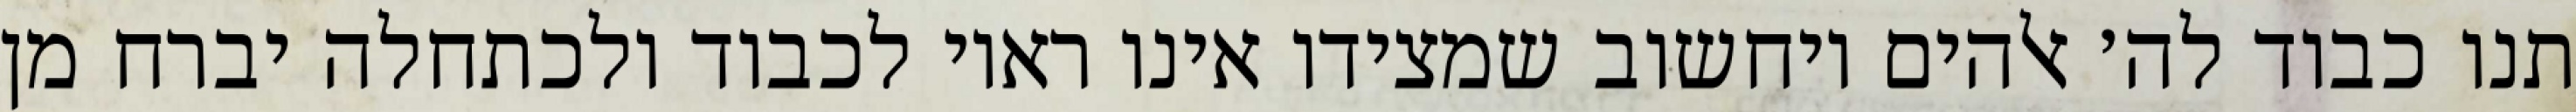
תנו כבוד לה׳ אלהים ויחשוב שמצידו אינו ראוי לכבוד ולכתחלה יברח מן